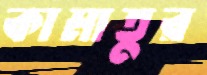
কামাতুর